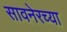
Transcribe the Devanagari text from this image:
सावनेरच्या